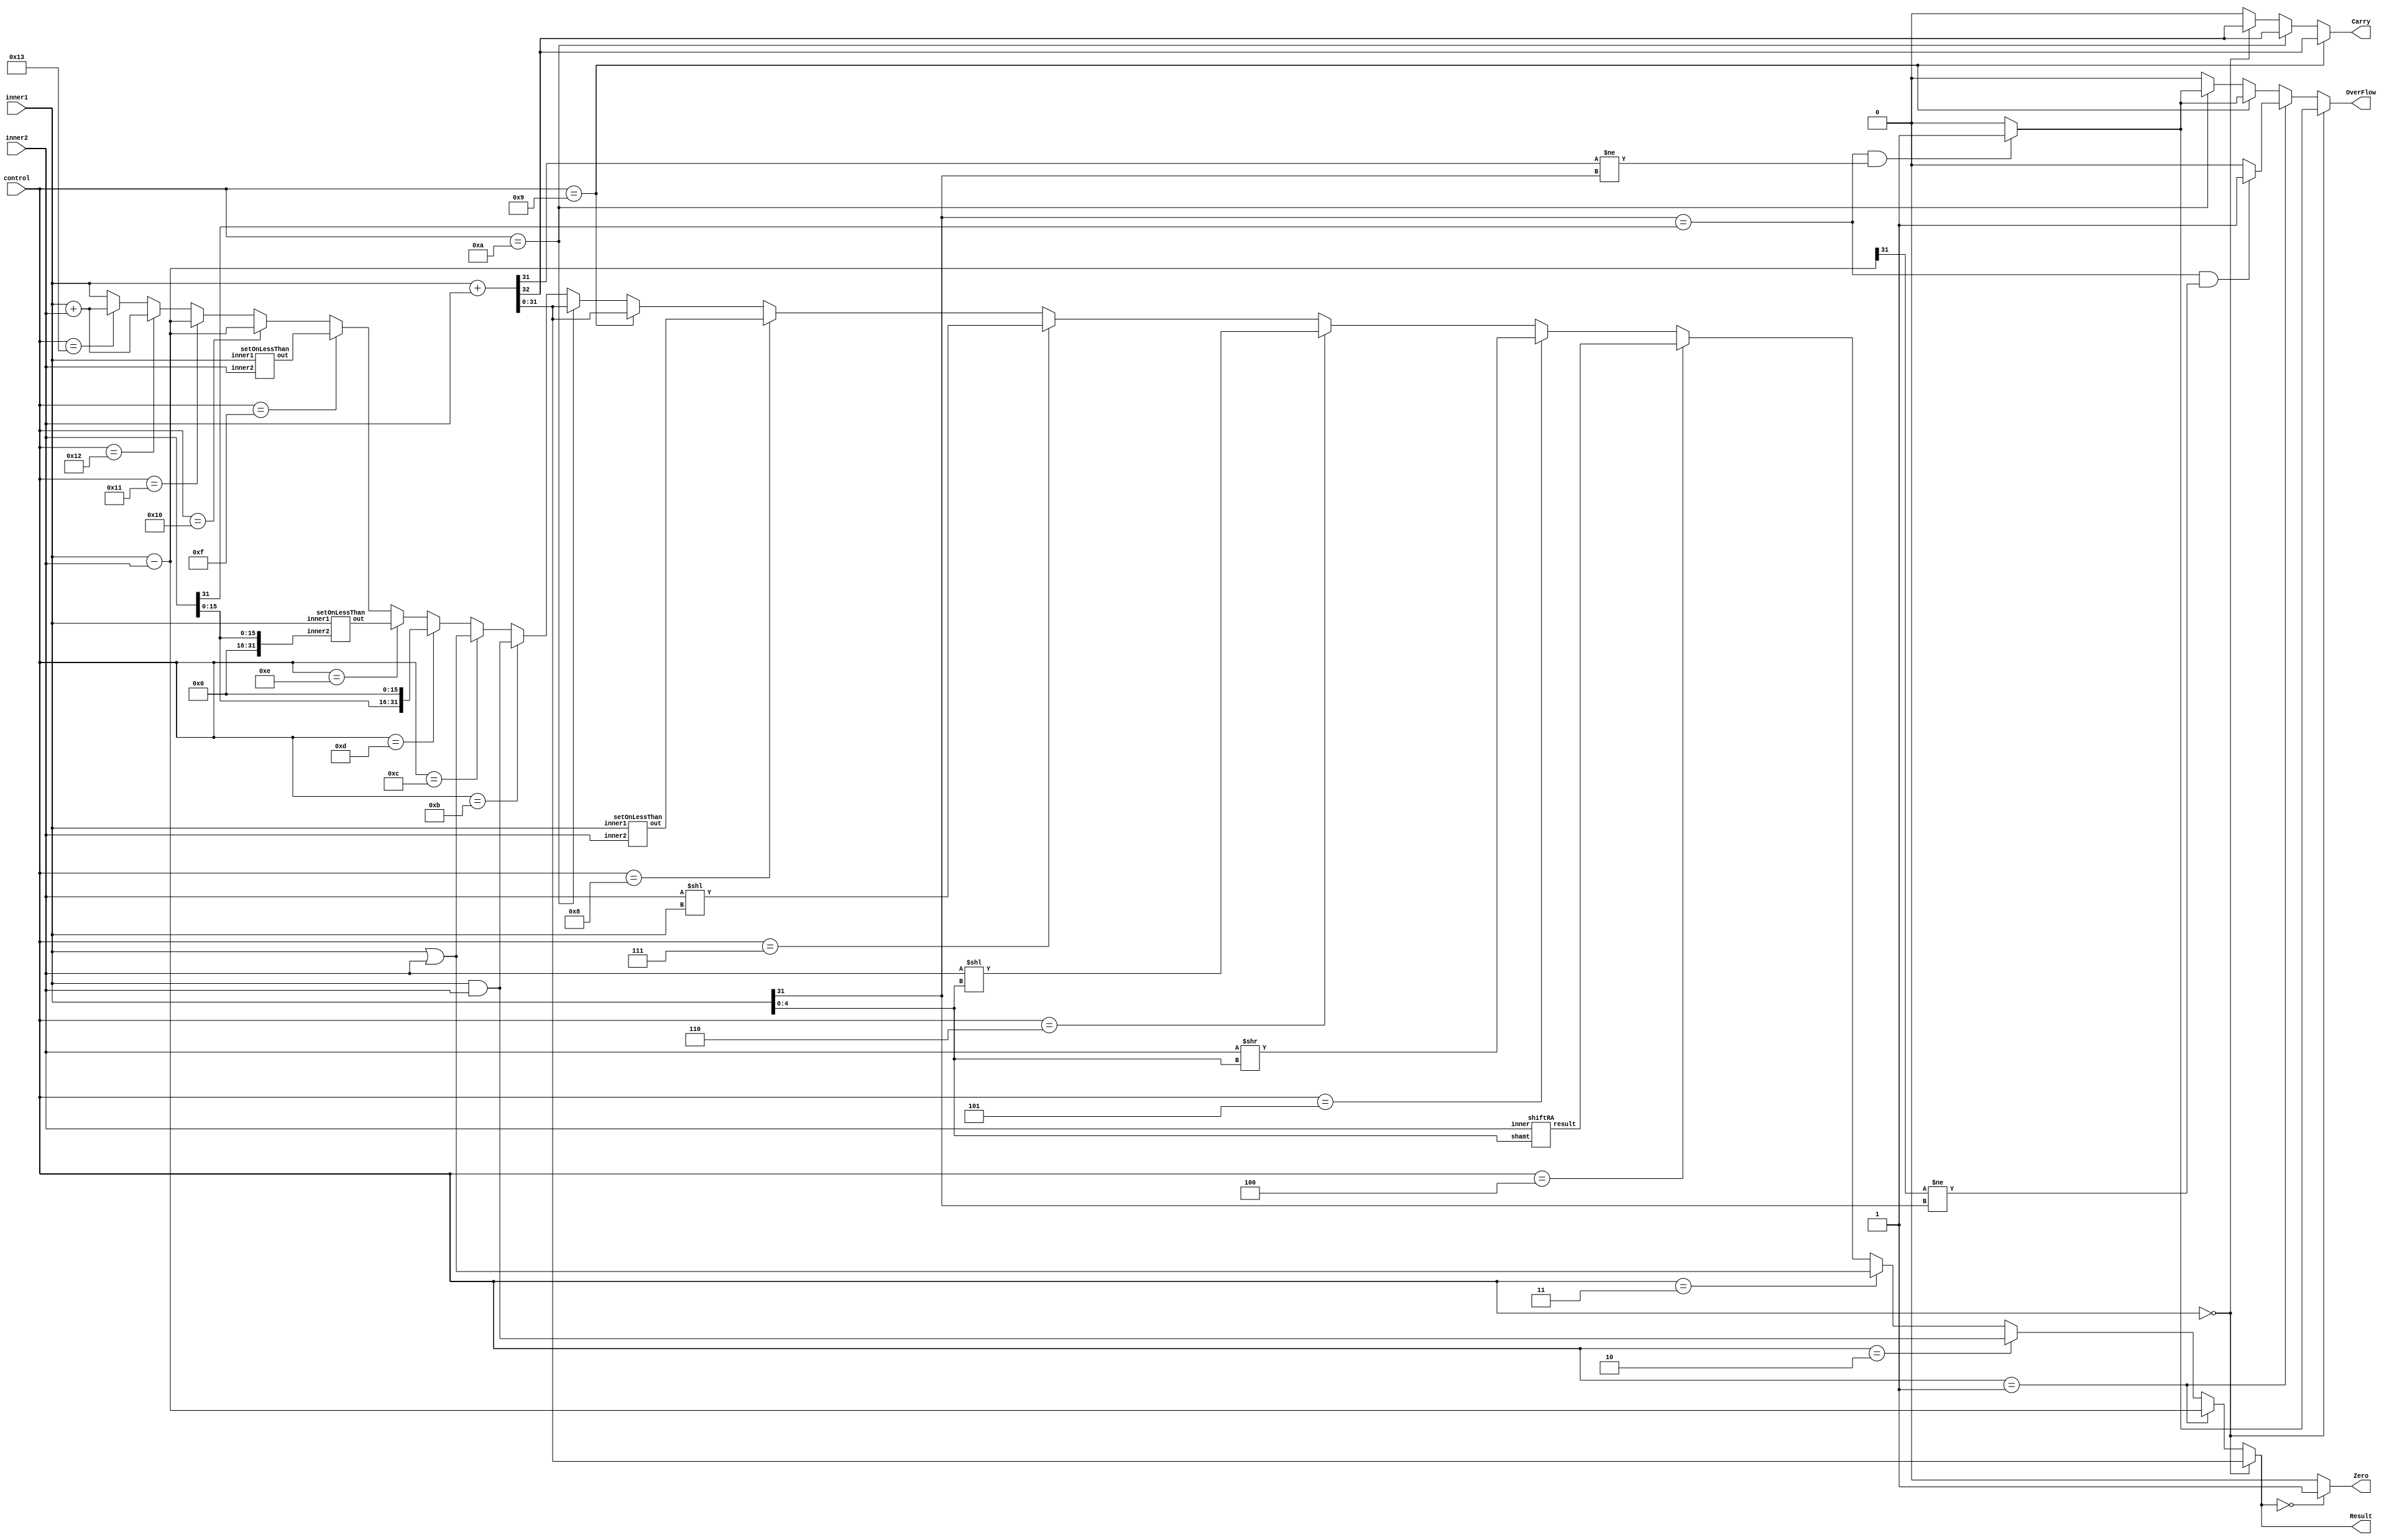
module ALUModul(input [4:0] control,
	input [31:0] inner1,inner2,
	output [31:0] Result,
	output Zero,Carry,OverFlow);
	//sonucu semek iin
	wire [31:0] Add,Sub,And,Or,Sra,Srl,Sll,Sllv,Slt;
	wire [31:0] Addi,Addiu,Andi,Ori,Lui,Slti,Sltiu,Beq,Bne,Lw,Sw;
	wire OFAdd,OFSub,OFAddi,OFAddiu;
	//ara ilemler iin
	wire [31:0] UnsignedImm;
	wire cout1,cout2,cout3;
	wire [4:0]Shamt;
	assign Shamt=inner1[4:0];
	
	//R-TYPE larn kodlar
	parameter ADD = 5'b00000;
	parameter SUB = 5'b00001;
	parameter AND = 5'b00010;
	parameter OR  = 5'b00011;
	parameter SRA = 5'b00100;
	parameter SRL = 5'b00101;
	parameter SLL = 5'b00110;
	parameter SLLV= 5'b00111;
	parameter SLT = 5'b01000;
	
	//I-TYPE larn kodlar
	parameter ADDI = 5'b01001;
	parameter ADDIU= 5'b01010;
	parameter ANDI = 5'b01011;
	parameter ORI  = 5'b01100;
	parameter LUI  = 5'b01101;
	parameter SLTIU= 5'b01110;
	parameter SLTI = 5'b01111;
	parameter BEQ  = 5'b10000;
	parameter BNE  = 5'b10001;
	parameter LW   = 5'b10010;
	parameter SW   = 5'b10011;
	
	//immediate 32 bitin unsigned 32 bit sekildeki hali
	assign UnsignedImm = {{16{1'b0}},inner2[15:0]};
	//cout ve toplam eer signed sistem ise
	assign {cout1,Addi} = inner1 + inner2;
	//cout ve toplam eer unsigned sistem ise
	assign {cout2,Addiu} = inner1 + inner2;
	//cout ve toplam eer unsigned sistem ise
	assign {cout3,Add} = inner1 + inner2;
	
	//elde kn hangi toplama ilemine olduunun seimi
	assign Carry = (control == ADDI) ? cout1:
						(control == ADDIU) ? cout2 :
						(control == ADD) ? cout3:1'b0;
		
	//tm ilemler yaplr
	assign Sub = inner1 - inner2;
	assign And = inner1 & inner2;
	assign Or  = inner1 | inner2;
	shiftRA _SRA(inner2,Shamt,Sra);//sra negatif
	assign Srl = inner2 >> Shamt;
	assign Sll = inner2 << Shamt;
	assign Sllv= inner2 << inner1;
	setOnLessThan _SLT(inner1,inner2,Slt);
	assign Andi = inner1 & inner2;
	assign Ori  = inner1 | inner2;
	assign Lui = {inner2[15:0],16'b0};	
	setOnLessThan _SLTI(inner1,inner2,Slti);
	setOnLessThan _SLTIU(inner1,UnsignedImm,Sltiu);	
	assign Beq = inner1 - inner2;
	assign Bne = inner1 - inner2;
	assign Lw  = inner1 + inner2;
	assign Sw  = inner1 + inner2;
	//overflow controlleri
	assign OFAdd = ((inner1[31] == inner2[31]) && (Add[31] != inner1[31])) ? 1'b1 : 1'b0;
	assign OFSub = ((inner1[31] == inner2[31]) && (Sub[31] != inner1[31])) ? 1'b1 : 1'b0;
	assign OFAddi = ((inner1[31] == inner2[31]) && (Addi[31] != inner1[31])) ? 1'b1 : 1'b0;
	assign OFAddiu = ((inner1[31] == inner2[31]) && (Addiu[31] != inner1[31])) ? 1'b1 : 1'b0;
	assign OverFlow =
		(control == ADD) ? OFAdd:
		(control == SUB) ? OFSub:
		(control==ADDI) ? OFAddi:
		(control==ADDIU) ? OFAddiu: 1'b0;
	//istenilen degeri cksa ver
	assign Result=
		(control == ADD) ? Add:
		(control == SUB) ? Sub:
		(control == AND) ? And:
		(control == OR) ? Or:
		(control == SRA) ? Sra:
		(control == SRL) ? Srl:
		(control == SLL) ? Sll:
		(control == SLLV) ? Sllv:
		(control == SLT) ? Slt:
		(control==ADDI) ? Addi:
		(control==ADDIU) ? Addiu:
		(control==ANDI) ? Andi:
		(control==ORI) ? Ori:
		(control==LUI) ? Lui:
		(control==SLTIU) ? Sltiu:
		(control==SLTI) ? Slti:
		(control==BEQ) ? Beq:
		(control==BNE) ? Bne:
		(control==LW) ? Lw:
		(control==SW) ? Sw:	inner1;//yoksa inner1 doner
		
	assign Zero = (Result == 32'b0) ? 1'b1: 1'b0;
endmodule

module shiftRA(input [31:0] inner, input [4:0] shamt, output [31:0] result);

	wire [31:0] s0, s1, s2, s3, inverseA;
	assign inverseA = ~inner;
	assign s0 = (shamt[0] ? {inner[31], inner} >> 1 : inner);
	assign s1 = ~(shamt[1] ? {{2{inner[31]}}, s0} >> 2 : s0);
	assign s2 = ~(shamt[2] ? {{4{inverseA[31]}}, s1} >> 4 : s1);
	assign s3 = ~(shamt[3] ? {{8{inner[31]}}, s2} >> 8 : s2);
	assign result = ~(shamt[4] ? {{16{inverseA[31]}}, s3} >> 16 : s3);
endmodule

module setOnLessThan(input [31:0] inner1,inner2,output [31:0]out);
	wire [31:0] overFlow,Sub;
	wire sout;
	assign Sub = inner1 - inner2;
	assign overFlow = ((inner1[31] == inner2[31]) && (Sub[31] != inner1[31])) ? 1'b1 : 1'b0;
	assign sout = overFlow ? ~(inner1[31]) : inner1[31];
	assign out = {31'd0,sout};

endmodule